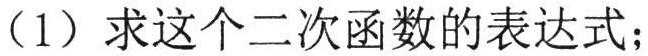
（1）求这个二次函数的表达式；